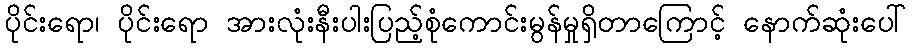
ပိုင်းရော၊ ပိုင်းရော အားလုံးနီးပါးပြည့်စုံကောင်းမွန်မှုရှိတာကြောင့် နောက်ဆုံးပေါ်